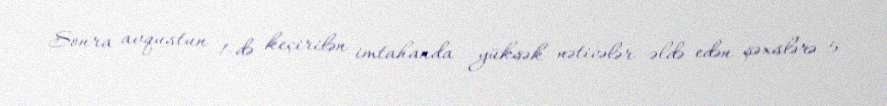
Sonra avqustun 1-də keçirilən imtahanda yüksək nəticələr əldə edən şəxslərə 5